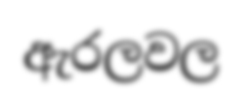
ඇරලවල